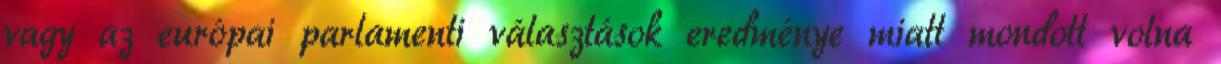
vagy az európai parlamenti választások eredménye miatt mondott volna